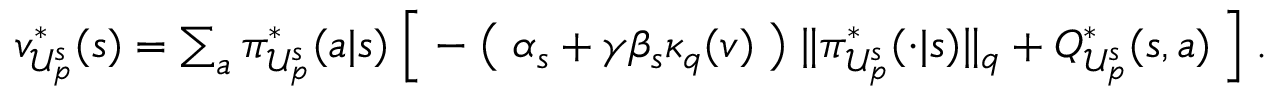
\begin{array} { r } { v _ { \mathcal { U } _ { p } ^ { s } } ^ { * } ( s ) = \sum _ { a } \pi _ { \mathcal { U } _ { p } ^ { s } } ^ { * } ( a | s ) \Bigm [ - \bigm ( \alpha _ { s } + \gamma \beta _ { s } \kappa _ { q } ( v ) \bigm ) \lVert \pi _ { \mathcal { U } _ { p } ^ { s } } ^ { * } ( \cdot | s ) \rVert _ { q } + Q _ { \mathcal { U } _ { p } ^ { s } } ^ { * } ( s , a ) \Bigm ] . } \end{array}